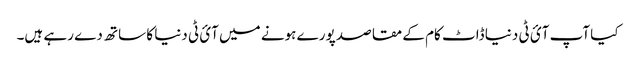
کیا آپ آئ ٹی دنیا ڈاٹ کام کے مقاصد پورے ہونے میں آئ ٹی دنیا کا ساتھ دے رہے ہیں۔